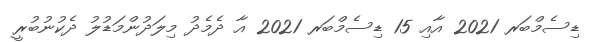
ޑިސެމްބަރ 2021 އާއި 15 ޑިސެމްބަރ 2021 އާ ދެމެދު މިލަދުންމަޑުލު ދެކުނުބުރީ